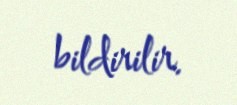
bildirilir.